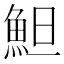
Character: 䱇